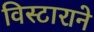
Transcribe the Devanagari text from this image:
विस्टाराने